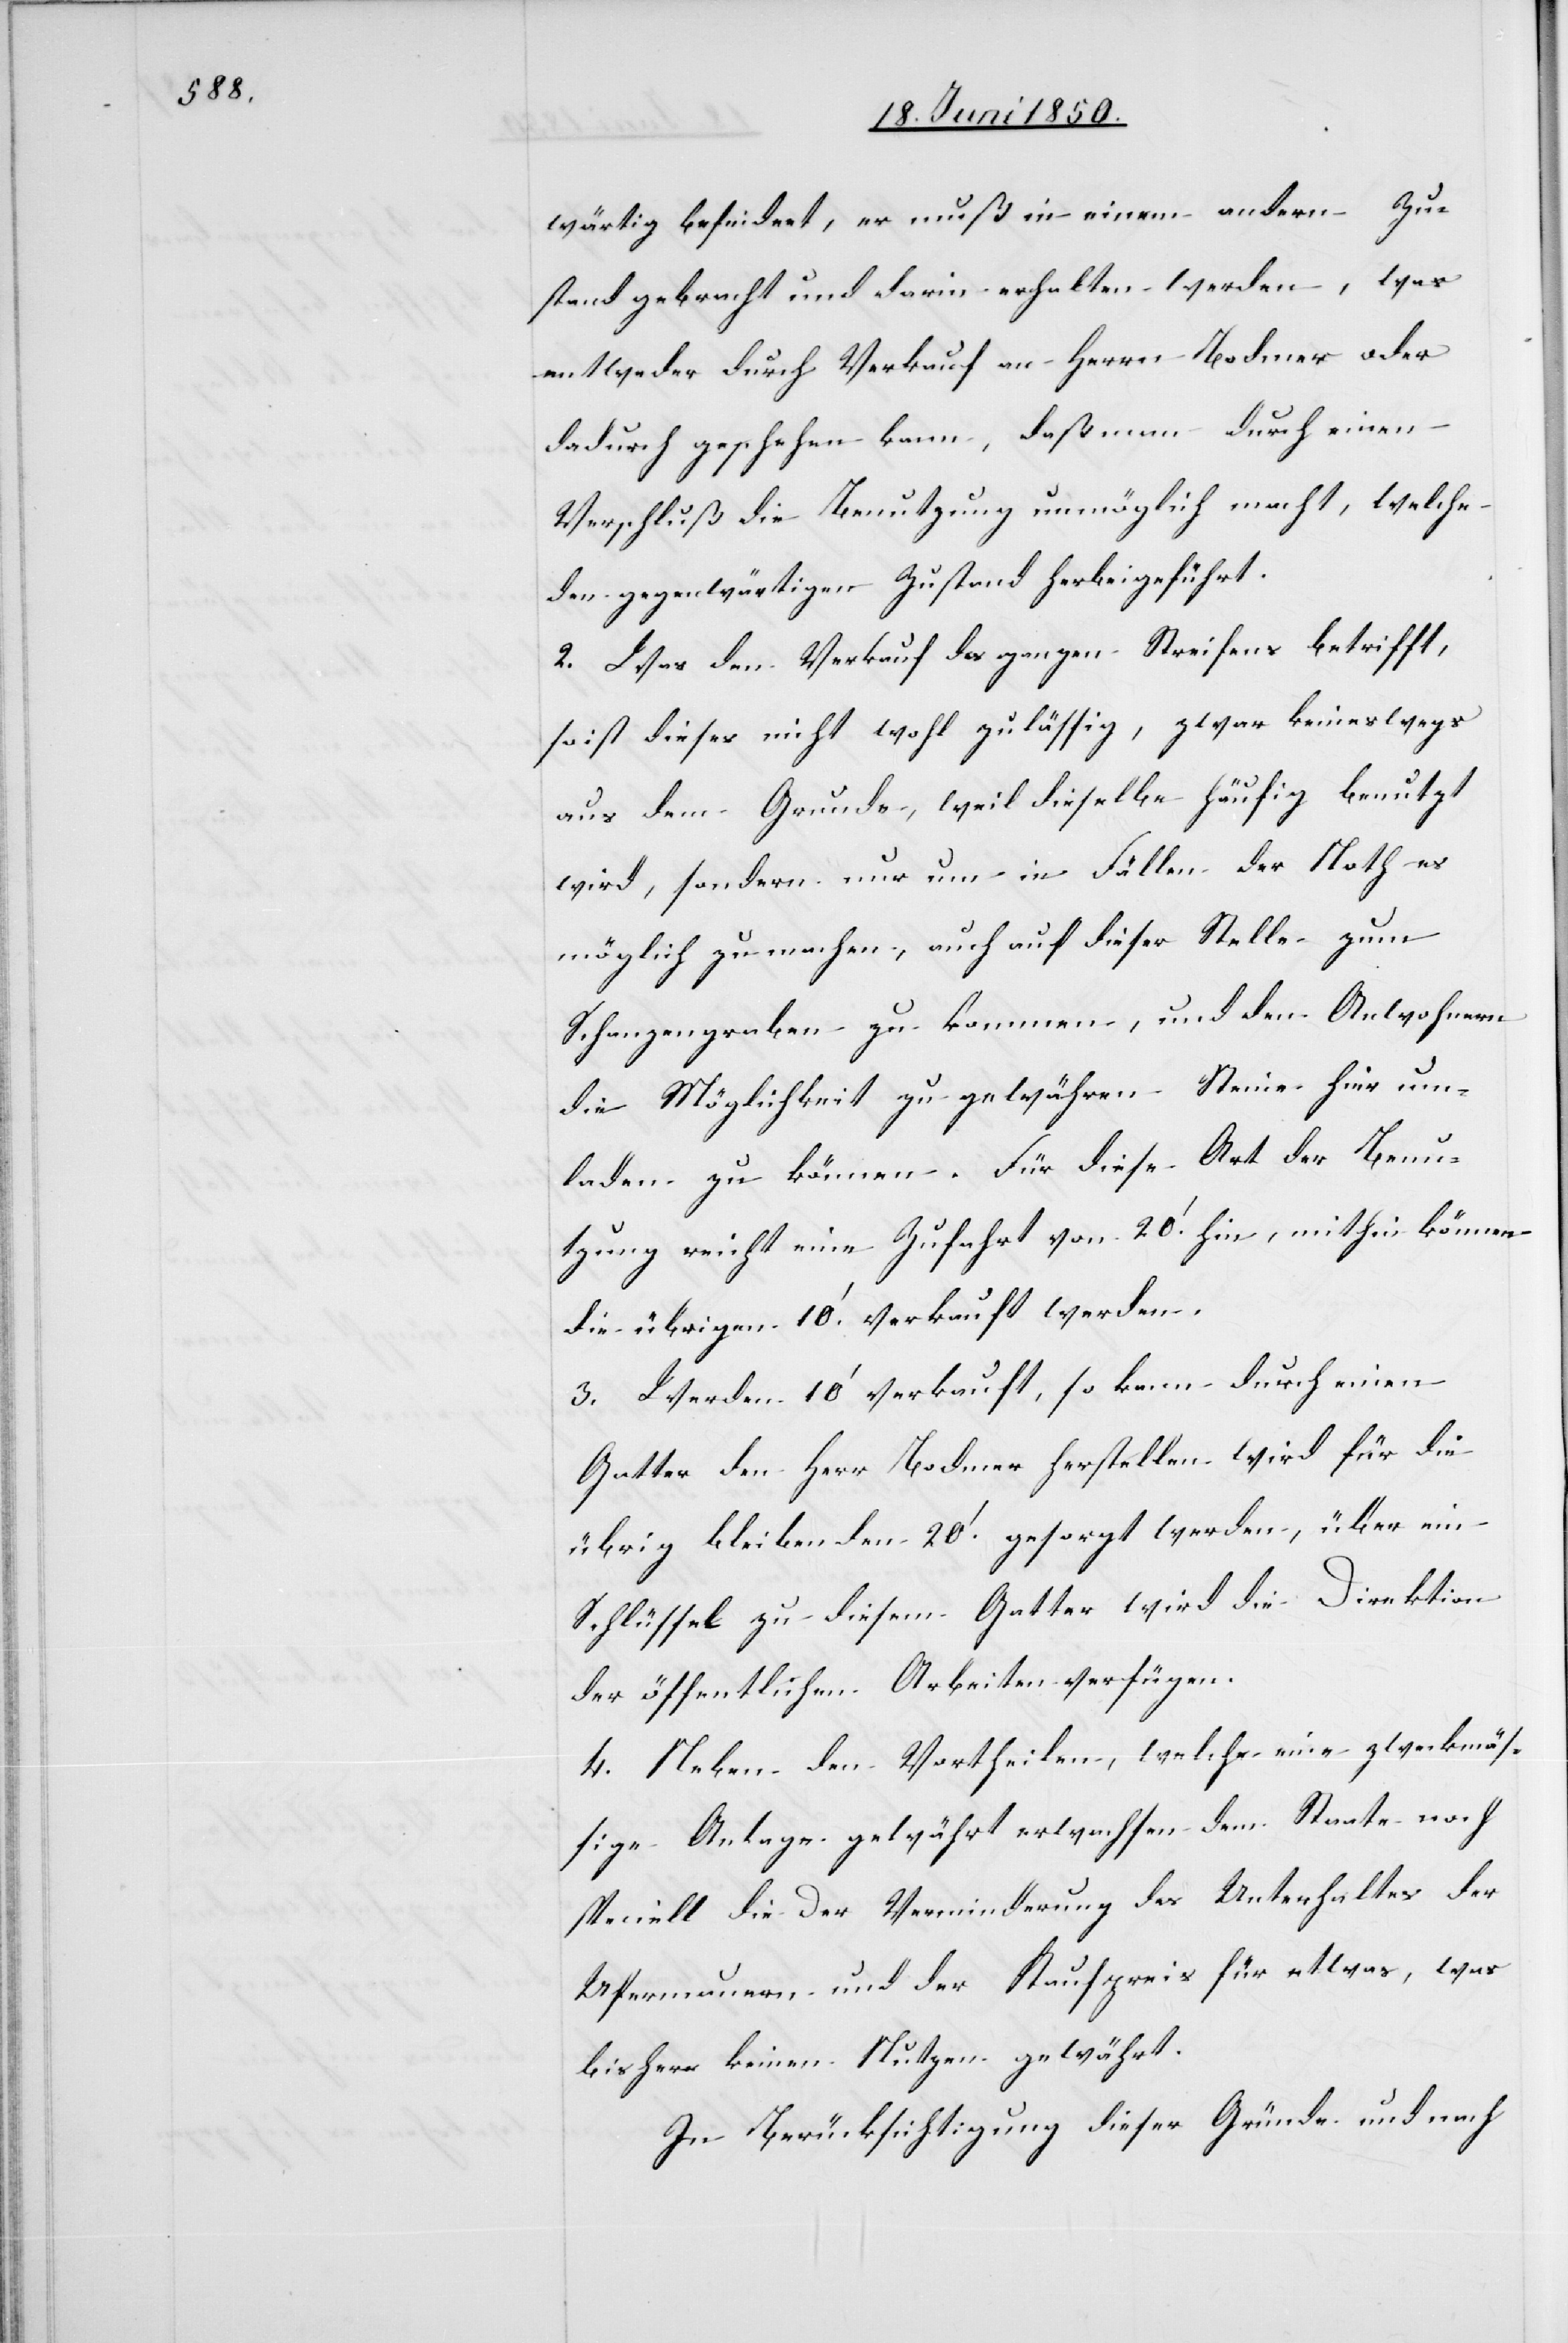
wärtig befindeet [sic!], er muß in einem andern Zu¬
stand gebracht und darin erhalten werden, was
entweder durch Verkauf an Herrn Bodmer oder
dadurch geschehen kann, daß man durch einen
Verschluß die Benutzung unmöglich macht, welche
den gegenwärtigen Zustand herbeigeführt.
2. Was den Verkauf des ganzen Streifens betrifft,
so ist dieses nicht wohl zulässig, zwar keineswegs
aus dem Grunde, weil dieselbe häufig benutzt
wird, sondern nur um in Fällen der Noth es
möglich zu machen, auch auf dieser Stelle zum
Schanzengraben zu kommen, und den Anwohnern
die Möglichkeit zu gewähren Steine hier um¬
laden zu können. Für diese Art der Benu¬
tzung reicht eine Zufahrt von 20.‘ hin, mithin können
die übrigen 10.‘ verkauft werden.
3. Werden 10‘ verkauft, so kann durch einen
Gatter den Herr Bodmer herstellen wird für die
übrig bleibenden 20.‘ gesorgt werden, über ein
Schlüssel zu diesem Gatter wird die Direktion
der öffentlichen Arbeiten verfügen.
4. Neben den Vortheilen, welche eine zweckmäs¬
sige Anlage gewährt erwachsen dem Staate noch
speciell die der Verminderung des Unterhaltes der
Ufermauern und der Kaufpreis für etwas, was
bisher keinen Nutzen gewährt.
In Berücksichtigung dieser Gründe und nach